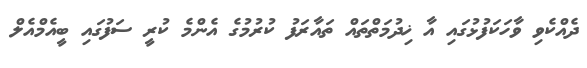
ދެއްކެވި ވާހަކަފުޅުގައި އާ ޚިދުމަތްތައް ތައާރަފު ކުރުމުގެ އެންމެ ކުރީ ސަފުގައި ބީއެމްއެލް